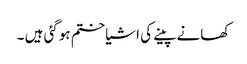
کھانے پینے کی اشیا ختم ہوگئی ہیں ۔